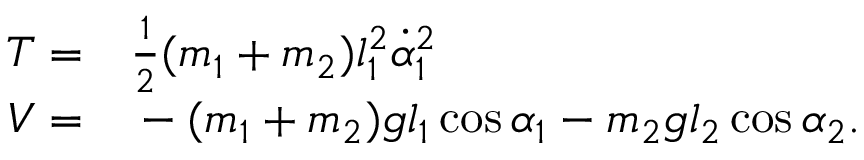
\begin{array} { r l } { T = } & { { } \frac { 1 } { 2 } ( m _ { 1 } + m _ { 2 } ) l _ { 1 } ^ { 2 } \dot { \alpha } _ { 1 } ^ { 2 } } \\ { V = } & { { } - ( m _ { 1 } + m _ { 2 } ) g l _ { 1 } \cos \alpha _ { 1 } - m _ { 2 } g l _ { 2 } \cos \alpha _ { 2 } . } \end{array}